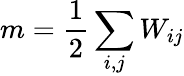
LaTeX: m=\frac{1}{2}\sum_{i,j}W_{ij}